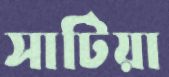
সাটিয়া